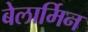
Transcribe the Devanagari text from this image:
बेलार्मिन